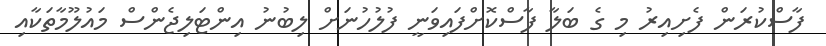
ފާސްކުރަން ފެށިއިރު މި ގެ ބަލާ ފާސްކޮށްފައިވަނީ ފުލުހުނަށް ލިބުނު އިންޓަލިޖެންސް މައުލޫމާތަކާއި